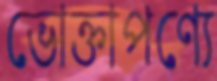
ভোক্তাপণ্যে